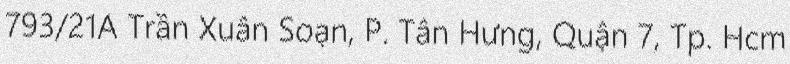
793/21A Trần Xuân Soạn, P. Tân Hưng, Quận 7, Tp. Hcm